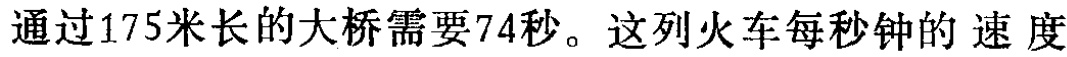
通过175米长的大桥需要74秒。这列火车每秒钟的 速 度